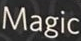
Magic